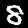
Digit: 8